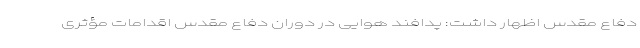
دفاع مقدس اظهار داشت: پدافند هوایی در دوران دفاع مقدس اقدامات مؤثری